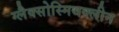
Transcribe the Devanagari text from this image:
ग्लैक्सोस्मिथक्लीन